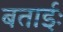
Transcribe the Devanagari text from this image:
बताईः